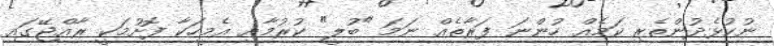
ނުކުޅެދުންތެރި ކަމެއް ހުންނަ ފަރާތެއް ނަމަ "ބުލީ" ކުރުމާއި އެމީހަކާ ފޮށުމަކީ ރާއްޖޭގައި